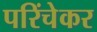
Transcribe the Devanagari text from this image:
परिंचेकर